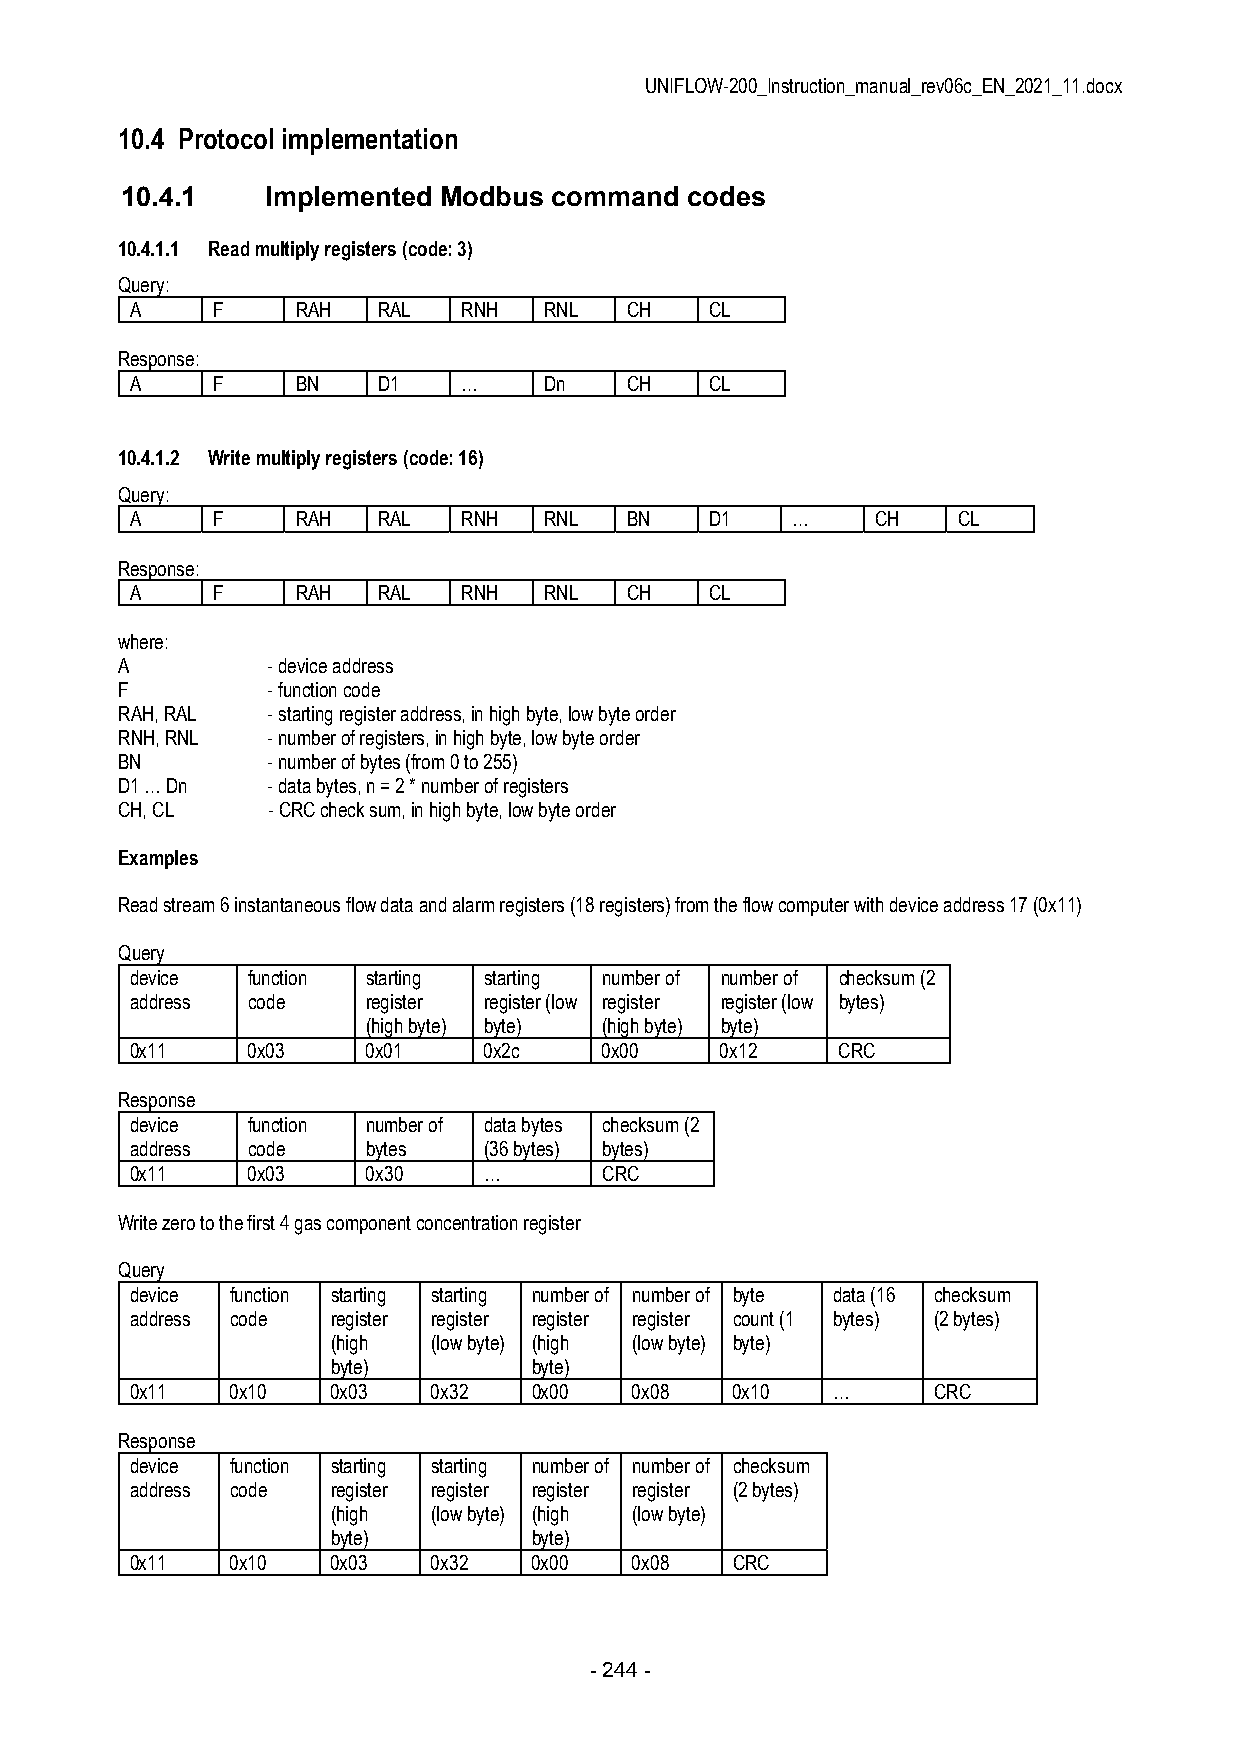
UNIFLOW-200_Instruction_manual_rev06c_EN_2021_11.docx
 10.4 Protocol implementation
 10.4.1    Implemented Modbus command  codes
 10.4.1.1 Read multiply registers (code: 3)
 Query:
 A    F     RAH  RAL   RNH  RNL  CH    CL
 Response:
 A    F     BN   D1    …    Dn   CH    CL
 10.4.1.2 Write multiply registers (code: 16)
 Query:
 A    F     RAH  RAL   RNH  RNL  BN    D1   …     CH   CL
 Response:
 A    F     RAH  RAL   RNH  RNL  CH    CL
 where:
 A         - device address
 F         - function code
 RAH, RAL  - starting register address, in high byte, low byte order
 RNH, RNL  - number of registers, in high byte, low byte order
 BN        - number of bytes (from 0 to 255)
 D1 … Dn   - data bytes, n = 2 * number of registers
 CH, CL    - CRC check sum, in high byte, low byte order
 Examples
 Read stream 6 instantaneous flow data and alarm registers (18 registers) from the flow computer with device address 17 (0x11)
 Query
 device function starting starting number of number of checksum (2
 address code   register register (low register register (low bytes)
 (high byte) byte) (high byte) byte)
 0x11   0x03    0x01    0x2c    0x00    0x12   CRC
 Response
 device function number of data bytes checksum (2
 address code   bytes   (36 bytes) bytes)
 0x11   0x03    0x30    …       CRC
 Write zero to the first 4 gas component concentration register
 Query
 device function starting starting number of number of byte data (16 checksum
 address code register register register register count (1 bytes) (2 bytes)
 (high  (low byte) (high (low byte) byte)
 byte)        byte)
 0x11  0x10   0x03   0x32  0x00   0x08  0x10   …      CRC
 Response
 device function starting starting number of number of checksum
 address code register register register register (2 bytes)
 (high  (low byte) (high (low byte)
 byte)        byte)
 0x11  0x10   0x03   0x32  0x00   0x08  CRC
 - 244 -